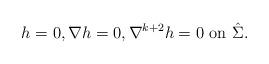
LaTeX: \begin{align*}h=0, \nabla h=0, \nabla^{k+2} h=0 \mbox{ on }\hat \Sigma. \end{align*}